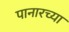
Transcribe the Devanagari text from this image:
पानारच्या